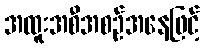
အထူးအစီအစဉ်အနေဖြင့်